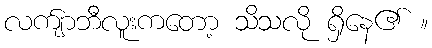
လက်ျာဘီလူးကတော့ သိသလို ရှိနေ၏ ။